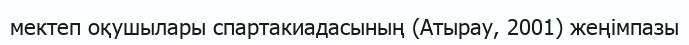
мектеп оқушылары спартакиадасының (Атырау, 2001) жеңімпазы